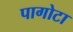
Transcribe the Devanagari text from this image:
पागोटा